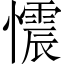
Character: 𢤟